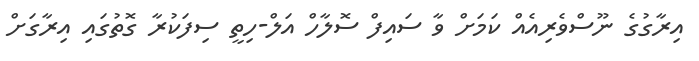
އިރާގުގެ ނޫސްވެރިއެއް ކަމަށް ވާ ސައިފް ސޮލާހް އަލް-ހިތީ ސިފަކުރާ ގޮތުގައި އިރާގަށް